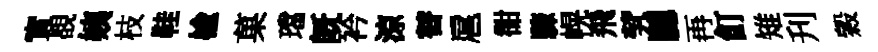
實覩姨枝鞋楡菓璫既衿涼替扈𧮳驟幌飛茕驄再飣雉刋穀